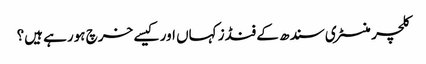
کلچر منسٹری سندھ کے فنڈز کہاں اور کیسے خرچ ہورہے ہیں؟